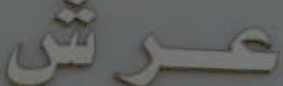
عرش